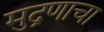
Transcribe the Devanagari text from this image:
मुद्रणाचा